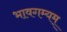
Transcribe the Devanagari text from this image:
भावगम्यम्